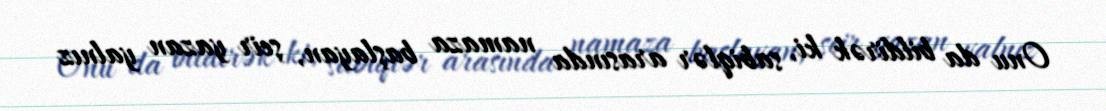
Onu da bildirək ki, sabiqlər arasında namaza başlayan, şeir yazan yalnız